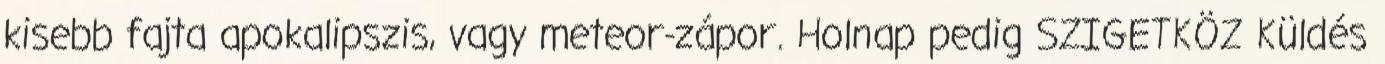
kisebb fajta apokalipszis, vagy meteor-zápor. Holnap pedig SZIGETKÖZ Küldés